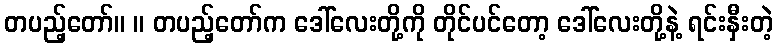
တပည့်တော်။ ။ တပည့်တော်က ဒေါ်လေးတို့ကို တိုင်ပင်တော့ ဒေါ်လေးတို့နဲ့ ရင်းနှီးတဲ့